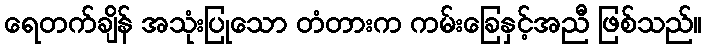
ရေတက်ချိန် အသုံးပြုသော တံတားက ကမ်းခြေနှင့်အညီ ဖြစ်သည်။